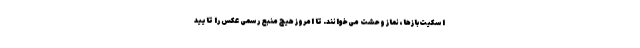
اسکیت‌بازها، نماز وحشت می‌خوانند. تا امروز هیچ منبع رسمی عکس را تایید